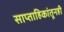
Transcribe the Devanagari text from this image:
साप्ताहिकांतूनही